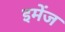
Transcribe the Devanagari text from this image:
इमेंज